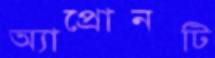
অ্যাপ্রোনটি